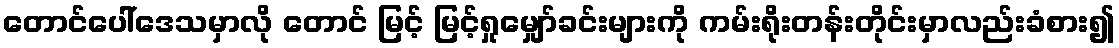
တောင်ပေါ်ဒေသမှာလို တောင် မြင့် မြင့်ရှုမျှော်ခင်းများကို ကမ်းရိုးတန်းတိုင်းမှာလည်းခံစား၍